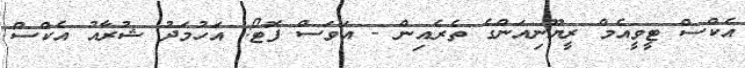
އެކްސް ޓީވީއެމް ރީޔޫނިއަންގެ ތެރެއިން - އަވަސް ފޮޓޯ: އަހުމަދު ޝުރާއު އެކްސް